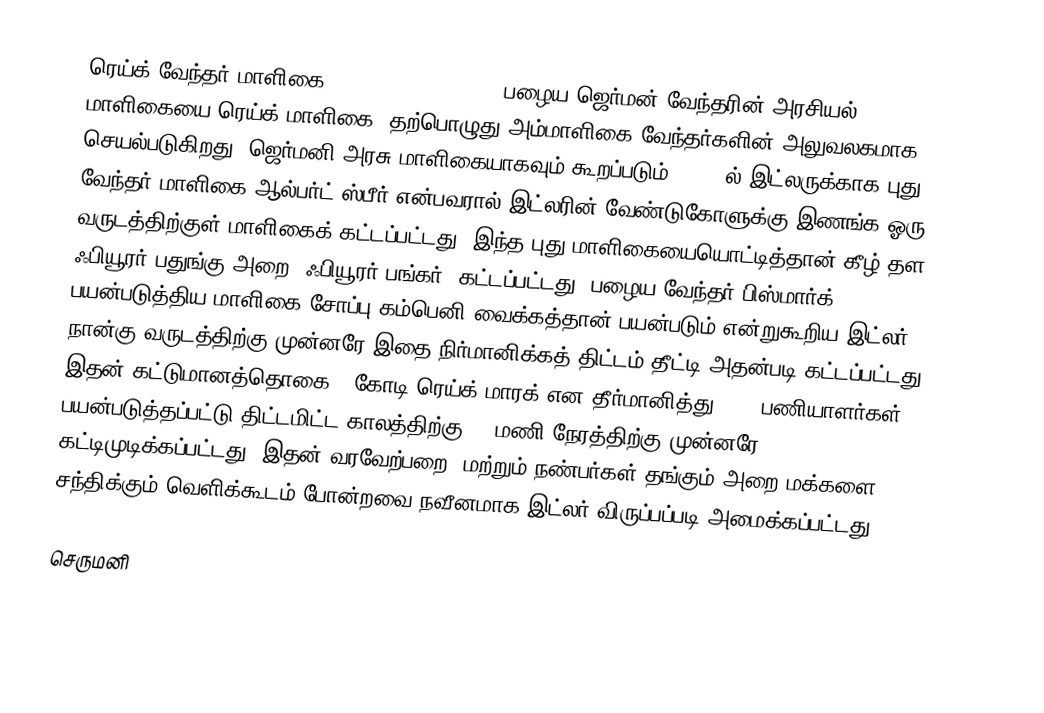
ரெய்க் வேந்தர் மாளிகை-(Reich Chancellery)- பழைய ஜெர்மன் வேந்தரின் அரசியல் மாளிகையை ரெய்க் மாளிகை. தற்பொழுது அம்மாளிகை வேந்தர்களின் அலுவலகமாக செயல்படுகிறது. ஜெர்மனி அரசு மாளிகையாகவும் கூறப்படும். 1938 ல் இட்லருக்காக புது வேந்தர் மாளிகை ஆல்பர்ட் ஸ்பீர் என்பவரால் இட்லரின் வேண்டுகோளுக்கு இணங்க ஓரு வருடத்திற்குள் மாளிகைக் கட்டப்பட்டது. இந்த புது மாளிகையையொட்டித்தான் கீழ் தள ஃபியூரர் பதுங்கு அறை (ஃபியூரர் பங்கர்) கட்டப்பட்டது. பழைய வேந்தர் பிஸ்மார்க் பயன்படுத்திய மாளிகை சோப்பு கம்பெனி வைக்கத்தான் பயன்படும் என்றுகூறிய இட்லர் நான்கு வருடத்திற்கு முன்னரே இதை நிர்மானிக்கத் திட்டம் தீட்டி அதன்படி கட்டப்பட்டது. இதன் கட்டுமானத்தொகை 9 கோடி ரெய்க் மாரக் என தீர்மானித்து 4000 பணியாளர்கள் பயன்படுத்தப்பட்டு திட்டமிட்ட காலத்திற்கு 48 மணி நேரத்திற்கு முன்னரே கட்டிமுடிக்கப்பட்டது. இதன் வரவேற்பறை, மற்றும் நண்பர்கள் தங்கும் அறை மக்களை சந்திக்கும் வெளிக்கூடம் போன்றவை நவீனமாக இட்லர் விருப்பப்படி அமைக்கப்பட்டது.

செருமனி